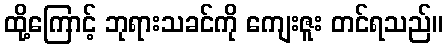
ထို့ကြောင့် ဘုရားသခင်ကို ကျေးဇူး တင်ရသည်။